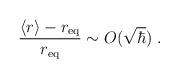
LaTeX: \begin{align*}\frac{\langle r\rangle - r_{\rm eq}}{r_{\rm eq}}\sim O({\sqrt\hbar}) \;.\end{align*}